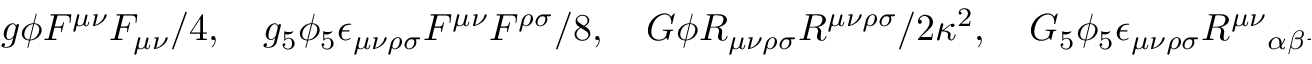
g \phi F ^ { \mu \nu } F _ { \mu \nu } / 4 , \quad g _ { 5 } \phi _ { 5 } \epsilon _ { \mu \nu \rho \sigma } F ^ { \mu \nu } F ^ { \rho \sigma } / 8 , \quad G \phi R _ { \mu \nu \rho \sigma } R ^ { \mu \nu \rho \sigma } / 2 \kappa ^ { 2 } , \quad G _ { 5 } \phi _ { 5 } \epsilon _ { \mu \nu \rho \sigma } { R ^ { \mu \nu } } _ { \alpha \beta } R ^ { \rho \sigma \alpha \beta } / 4 \kappa ^ { 2 } ,